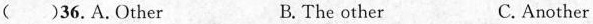
( )36.A.Other B.The other C.Another